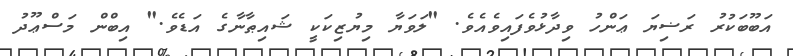
އަބޫބަކުރު ރަޟިޔަ ޢަންހު ވިދާޅުވެފައިވެއެވެ. "ލަވަޔާ މިޔުޒިކަކީ ޝައިޠާނާގެ އަޑެވެ." އިބްން މަސްޢޫދު